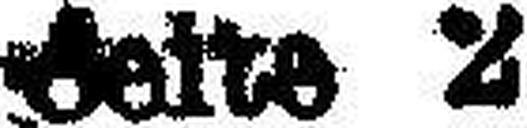
Seite 2